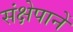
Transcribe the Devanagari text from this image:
संक्षेपानें